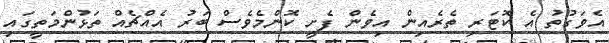
އެވަގުތު އެ ކޮޓަރި ތެރެއިން އިވެން ފެށީ ކޮންމެވެސް ބަރު އެއްޗެއް ތަޅުންމަތީގައި